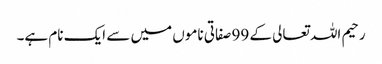
رحیم اللہ تعالی کے 99 صفاتی ناموں میں سے ایک نام ہے۔